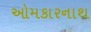
ઓમકારનાથ